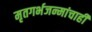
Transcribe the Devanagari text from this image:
मृतगर्भजन्मांचाही